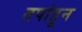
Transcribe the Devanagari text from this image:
तपांहून